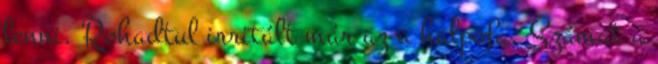
lenni. Rohadtul irritált már az a halpofa. Számat a